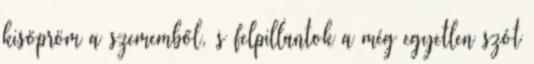
kisöpröm a szememből, s felpillantok a még egyetlen szót